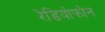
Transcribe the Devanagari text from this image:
रेडियोफोन